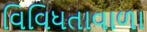
વિવિધતાવાળા